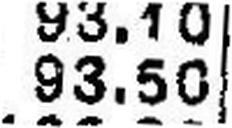
93.50